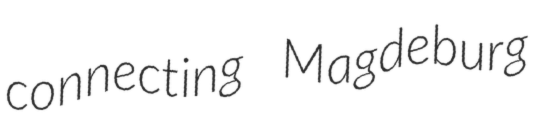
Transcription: connecting Magdeburg